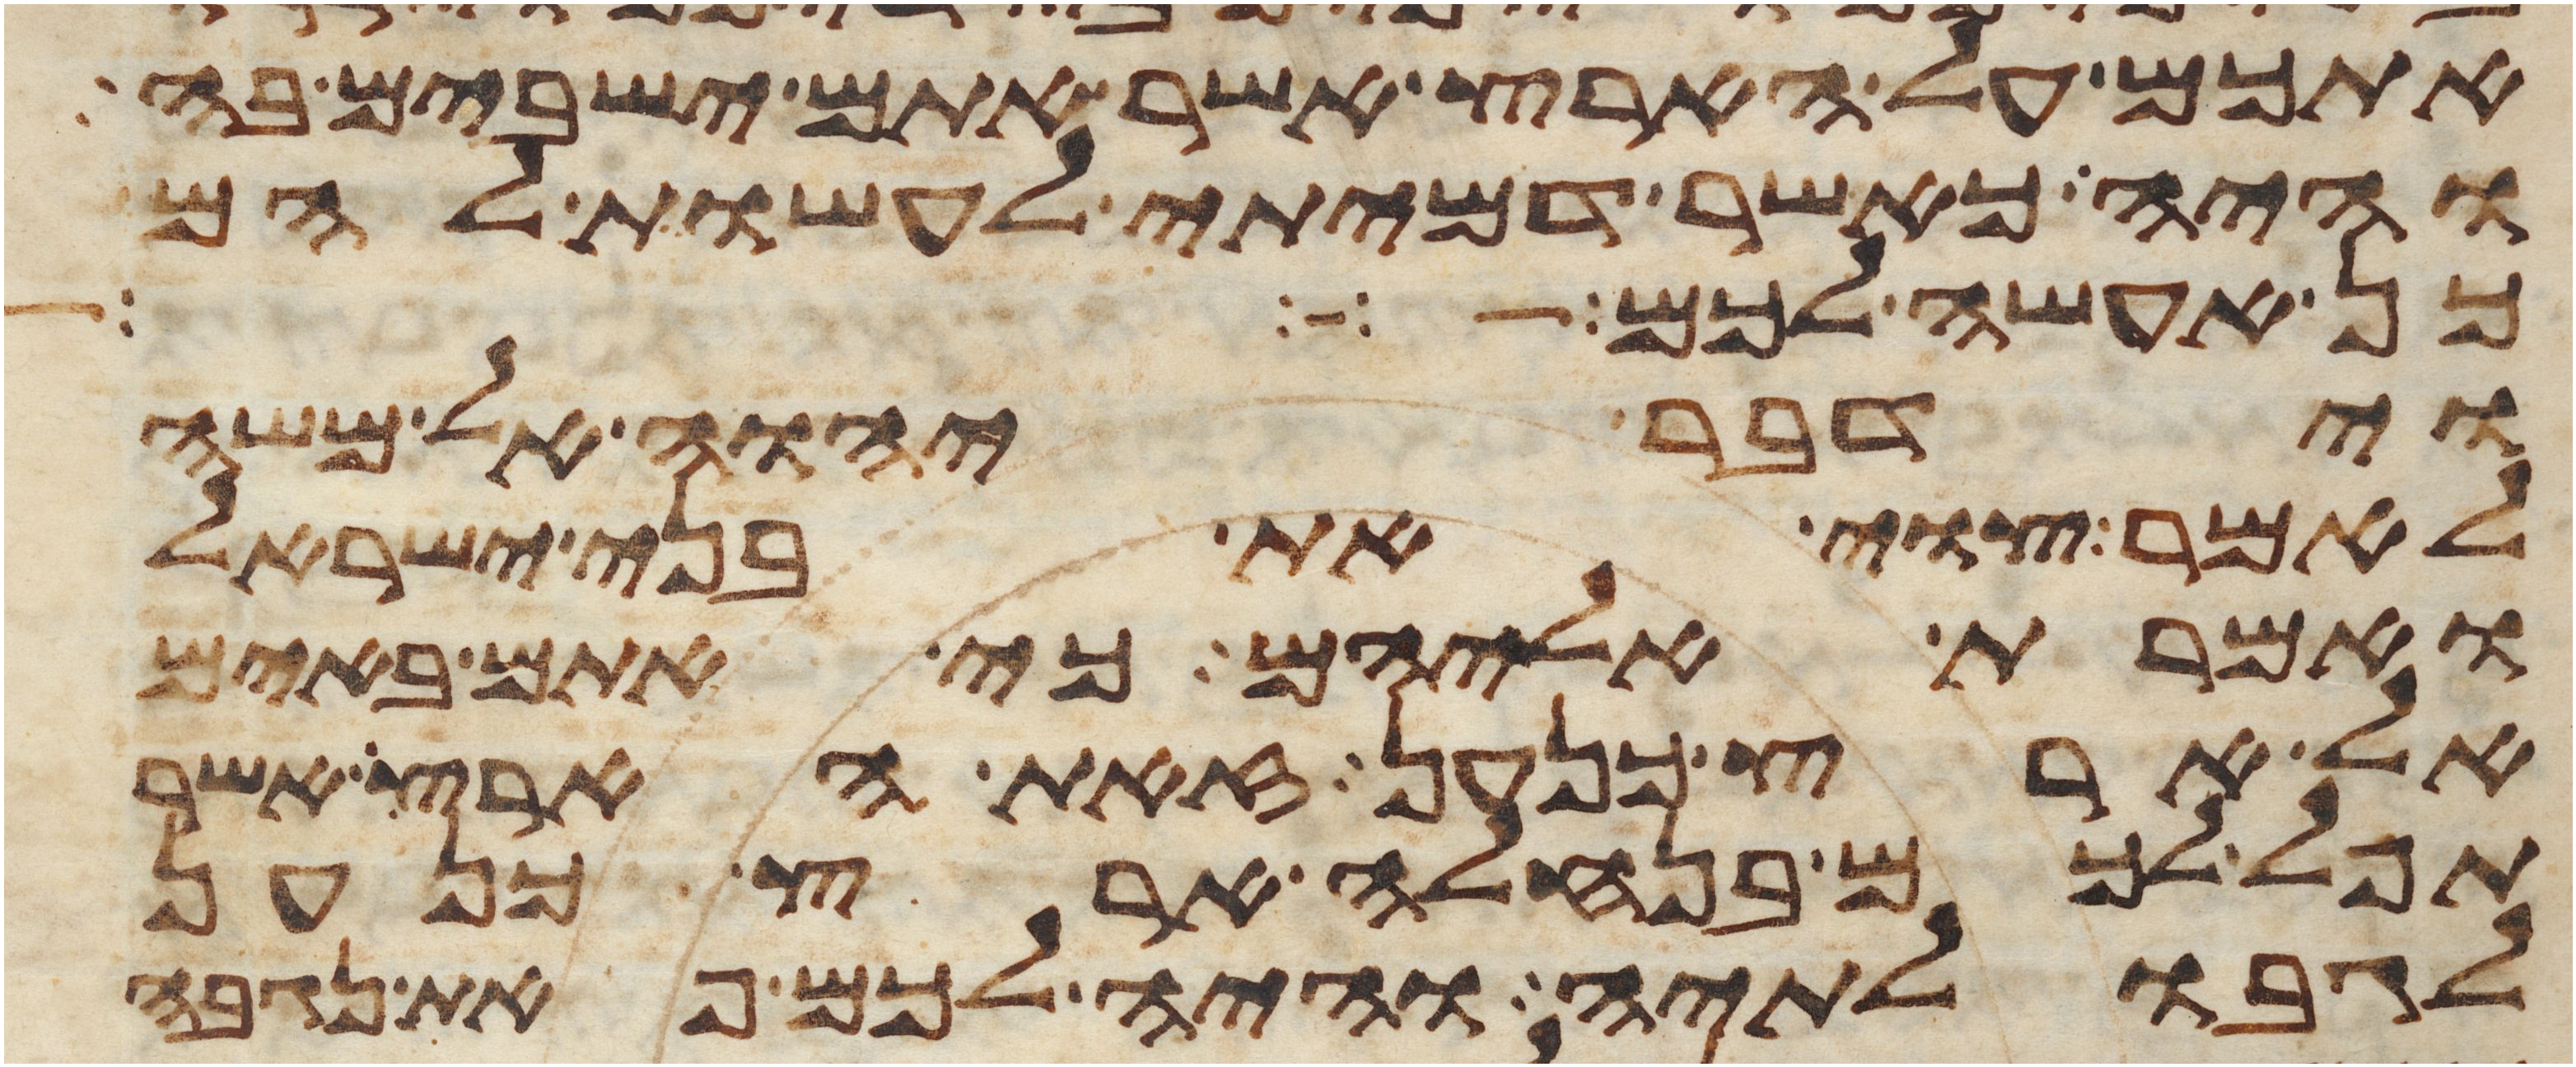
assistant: אתכם על הארץ אשר אתם ישבים בה
והיה כאשר דמיתי לעשות להם
כן אעשה לכם
וידבר יהוה אל משה
לאמר צוי את בני ישראל
ואמרת אליהם כי אתם באים
אל ארץ כנען זאת הארץ אשר
תפל לכם בנחלה ארץ כנען
לגבולתיה והיה לכם פאת נגבה